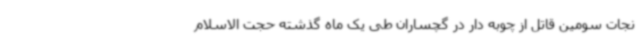
نجات سومین قاتل از چوبه دار در گچساران طی یک ماه گذشته حجت الاسلام